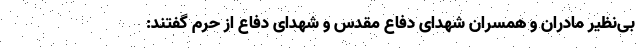
بی‌نظیر مادران و همسران شهدای دفاع مقدس و شهدای دفاع از حرم گفتند: